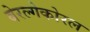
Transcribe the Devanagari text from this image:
बेरल्गेकोरल